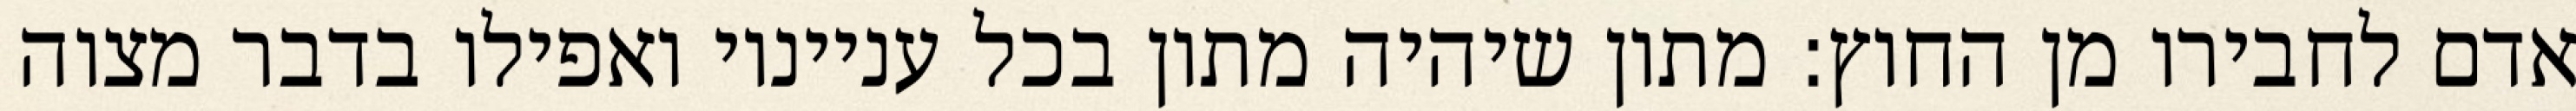
אדם לחבירו מן החוץ: מתון שיהיה מתון בכל ענייניו ואפילו בדבר מצוה